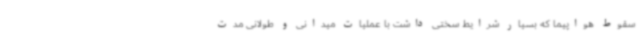
سقوط هواپیما که بسیار شرایط سختی داشت با عملیات میدانی و طولانی مدت